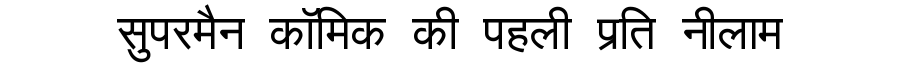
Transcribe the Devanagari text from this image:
सुपरमैन कॉमिक की पहली प्रति नीलाम